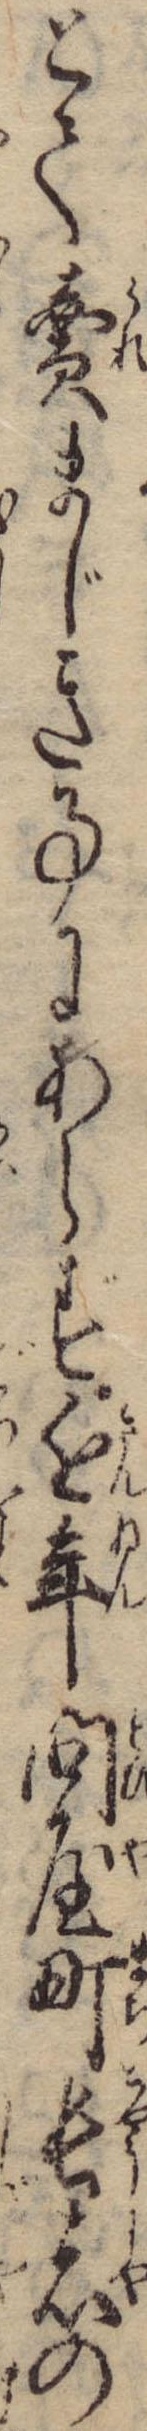
とて売まじき事にあらず近年問屋町長者の